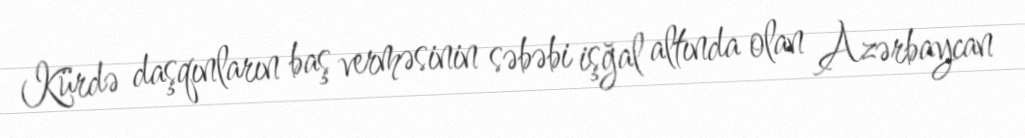
Kürdə daşqınların baş verməsinin səbəbi işğal altında olan Azərbaycan